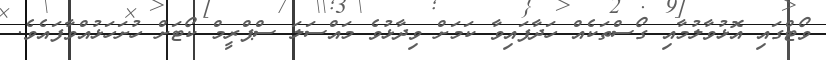
ވޯޓްގައި އޮޅުވާލުމާއި ގޯސްތަކެއް ހަދާފައިވާ ކަމަށް ވިދާޅުވެ މައްސަލަ ސްޕްރީމް ކޯޓަށް ހުށަހަޅުއްވާފައެވެ.